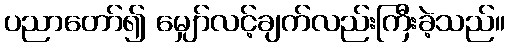
ပညာတော်၍ မျှော်လင့်ချက်လည်းကြီးခဲ့သည်။